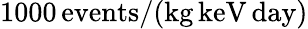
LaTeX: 1000\, \mathrm{events}/(\mathrm{kg}\, \mathrm{keV}\, \mathrm{day})